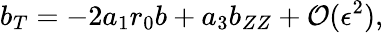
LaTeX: b_{T}=-2a_{1}r_{0}b+a_{3}b_{ZZ}+\mathcal{O}(\epsilon^{2}),